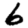
Digit: 6